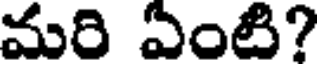
మరి ఏంటి?